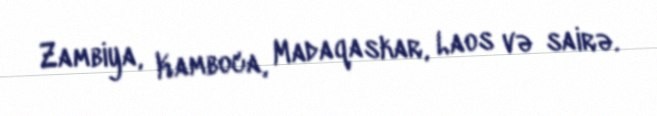
Zambiya, Kamboca, Madaqaskar, Laos və sairə.